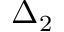
\Delta _ { 2 }